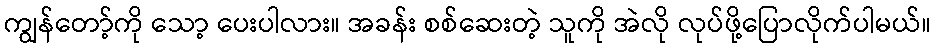
ကျွန်တော့်ကို သော့ ပေးပါလား။ အခန်း စစ်ဆေးတဲ့ သူကို အဲလို လုပ်ဖို့ပြောလိုက်ပါမယ်။